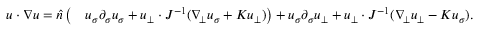
\begin{array} { r l } { u \cdot \nabla u = \widehat { n } \, \big ( } & { u _ { \sigma } \partial _ { \sigma } u _ { \sigma } + u _ { \bot } \cdot J ^ { - 1 } ( \nabla _ { \! \bot } u _ { \sigma } + K u _ { \bot } ) \big ) + u _ { \sigma } \partial _ { \sigma } u _ { \bot } + u _ { \bot } \cdot J ^ { - 1 } ( \nabla _ { \! \bot } u _ { \bot } - K u _ { \sigma } ) . } \end{array}